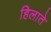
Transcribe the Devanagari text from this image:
हिलाते